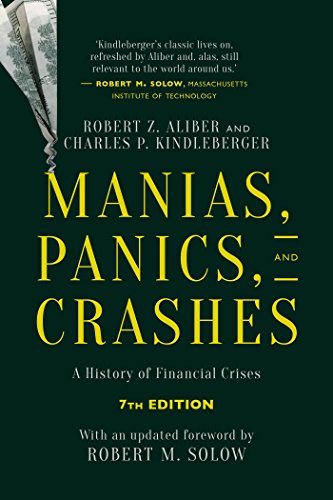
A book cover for Manias, Panics, and Crashes: A History of Financial Crises, Seventh Edition; Charles P. Kindleberger; Business & Money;